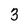
Character: 3